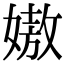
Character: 㜜